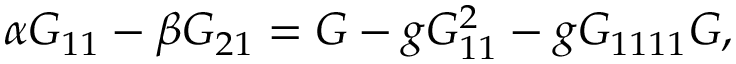
\alpha { \cal G } _ { 1 1 } - \beta { \cal G } _ { 2 1 } = { \cal G } - g { \cal G } _ { 1 1 } ^ { 2 } - g { \cal G } _ { 1 1 1 1 } { \cal G } ,